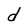
Character: d